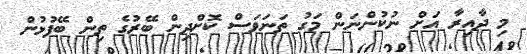
މި ދާއިރާ އަށް ނުކުންނަން މަގު ތަނަވަސް ކޮށްދިން ބޭރުގެ ތިން ބޭފުޅުން